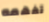
تفهمه